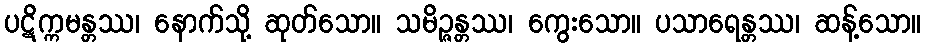
ပဋိက္ကမန္တဿ၊ နောက်သို့ ဆုတ်သော။ သမိဉ္ဇန္တဿ၊ ကွေးသော။ ပသာရေန္တဿ၊ ဆန့်သော။